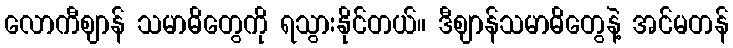
လောကီဈာန် သမာဓိတွေကို ရသွားနိုင်တယ်။ ဒီဈာန်သမာဓိတွေနဲ့ အင်မတန်